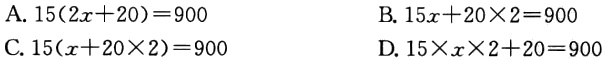
A. \(15(2x + 20)=900\)

B. \(15x + 20\times2 = 900\)

C. \(15(x + 20\times2)=900\)

D. \(15\times x\times2+20 = 900\)